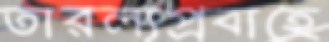
তারল্যপ্রবাহে